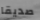
صديقا